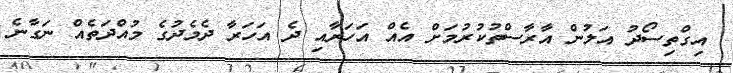
އިގްތިސޯދު އަލުން އާރާސްތުކުރުމަށް އެއް އަހަރާއި ދެ އަހަރާ ދެމެދުގެ މުއްދަތެއް ނަގާނެ